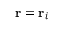
\mathbf { r } = \mathbf { r } _ { i }